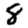
Digit: 8